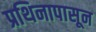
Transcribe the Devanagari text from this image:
प्रथिनापासून